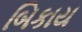
બિકાય